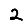
Digit: 2